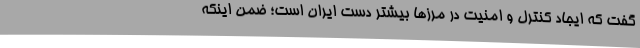
گفت که ایجاد کنترل و امنیت در مرزها بیشتر دست ایران است؛ ضمن اینکه